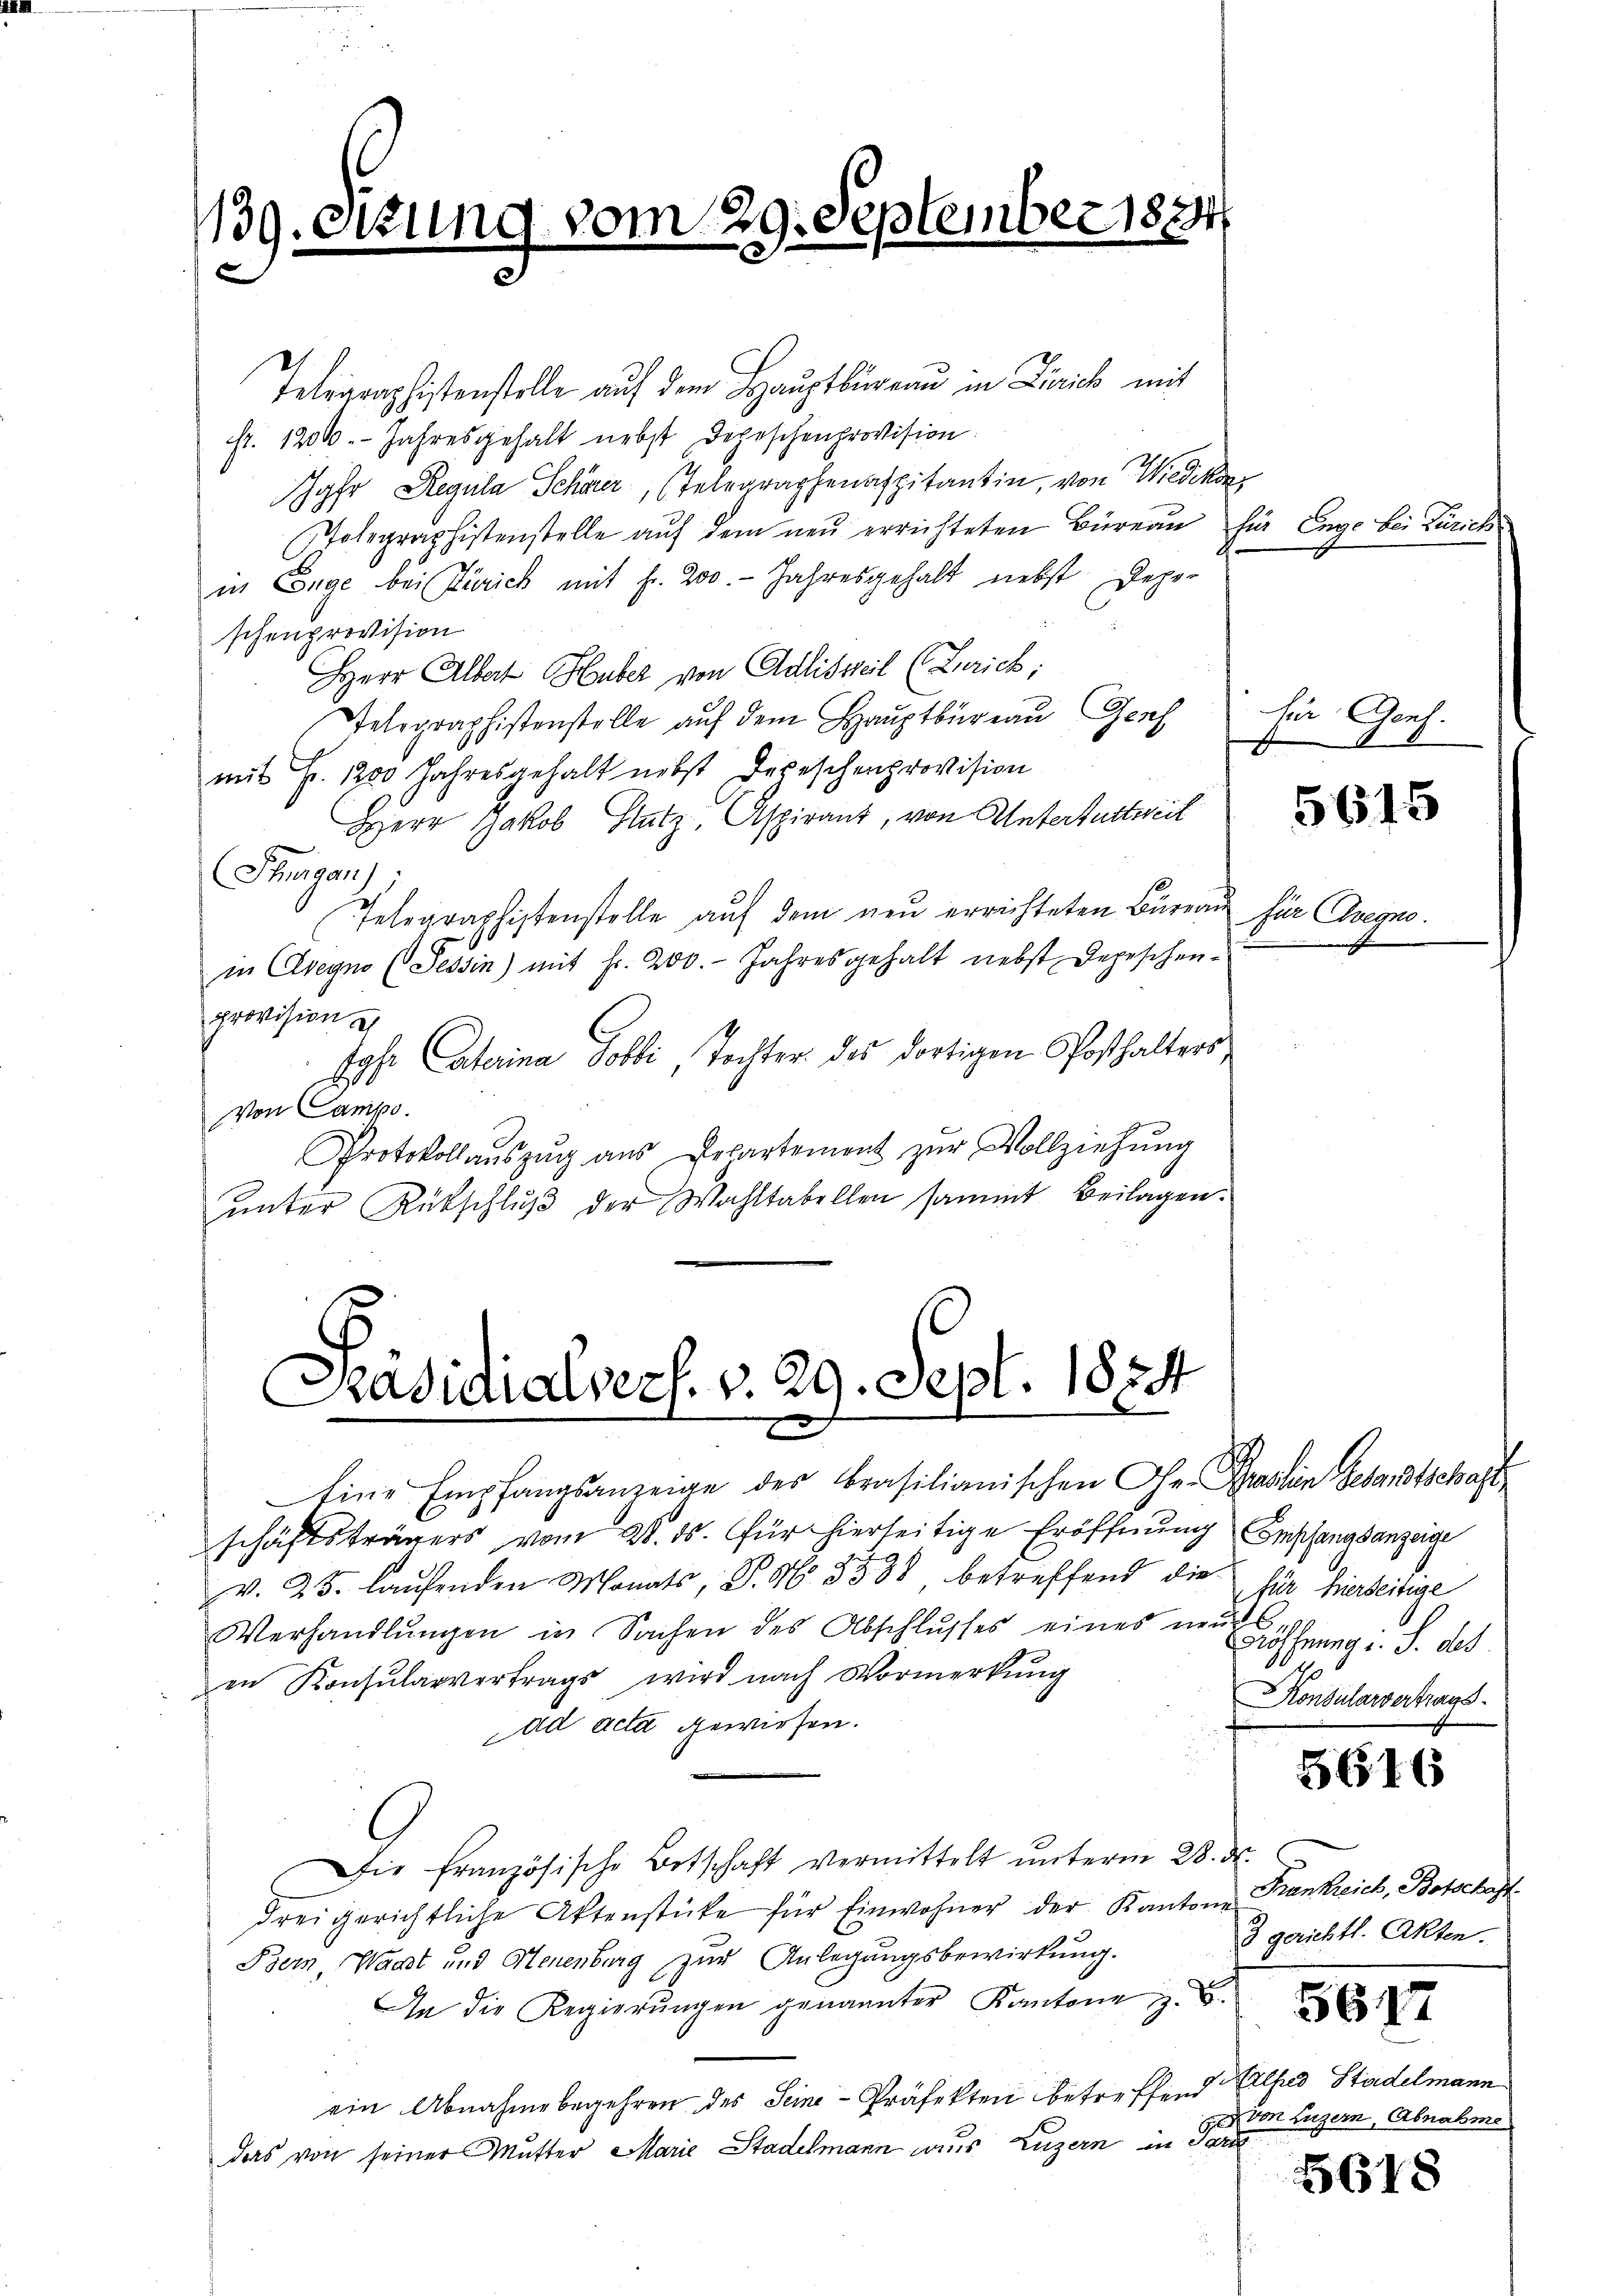
139. Sekun
.

vom 29. September 1884

Telegraphistenstelle auf dem Hauptbüreau in Licich mit
fr. 1200. Jahresgehalt nebst Depeschenprovision
Jahr Regula Schwer, Telegraphenaspitantin, von Wiedikon
Telegraphistenstelle auf dem neu errichteten Büreau für Enge bei Zürich
in Enge bei Zürich mit fr. 200. Jahresgehalt nebst Depe-
schenprovision
Herr Albert Huber von Adlisweil (Zürich;
elographistenstelle aŭf dem Haŭptbüreaŭ Genf für Genf.
mit Fr. 1200 Jahresgehalt nebst Depeschenprovision
Herr Jakob Sutz, Aspirant, von Unterturteil
Ihrigen);
Telegraphistenstelle auf dem neu errichteten Büreau für Chegno
in Clvegno (Tessin) mit Fr. 200. Jahresgehalt nebst Depeschen-
provision u
Jos. Sterina Polli, Tochter des dortigen Posthalters¬
Von Campo.
Protokollaŭszŭg aŭs Departement zŭr Vollziehŭng
ŭnter Rückschlŭβ der Wahltabellen sammt Beilagen.

Präsidialverh. v. 29. Sept. 1824

Eine Empfangsanzeige der Brasilianischen Gr. Prasten Gesandtschaft
schäftsträgers vom 28. ds. für hierseitige Eröffnung Empfangsanzeige
v. 25. laŭfenden Monats, P. Nr. 3538 betreffend die für hierseitige
Verhandlungen in Sachen des Abschlusses eines neue
en Konsularvertrags, wird nach Vormerkŭng
ad acta gewiesen.
Die französische Betschaft vermittelt unterm 28. d.
drei gerichtliche Aktenstücke für Einwohner der Kantone Frankreich, Botschaft
Bern, Wacht und Neuenburg zur Anlegungsbewirkung.
An die Regierŭngen genannter Kantone z. B.
ein Abnahme begehren des Seine-Präfekten betreffend Ellsad Stadelmann
das von seiner Mutter Marie Stadelmann aus Luzern in Parte

5615

16.
Eröffnung i. S. des
Konsularvertrags

5616

3 gerichtl. Akten.

5617

von Luzern, Abnahme

G

5618